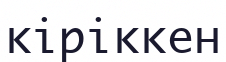
кіріккен